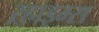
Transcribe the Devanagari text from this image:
ऱ्हाइम्स